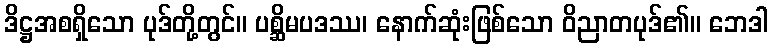
ဒိဋ္ဌအစရှိသော ပုဒ်တို့တွင်။ ပစ္ဆိမပဒဿ၊ နောက်ဆုံးဖြစ်သော ဝိညာတပုဒ်၏။ ဘေဒါ